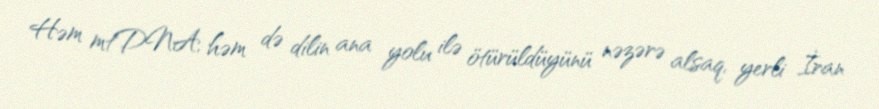
Həm mtDNA, həm də dilin ana yolu ilə ötürüldüyünü nəzərə alsaq, yerli İran